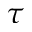
\tau